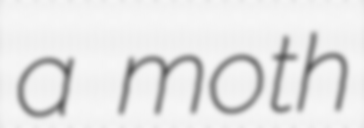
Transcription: a moth